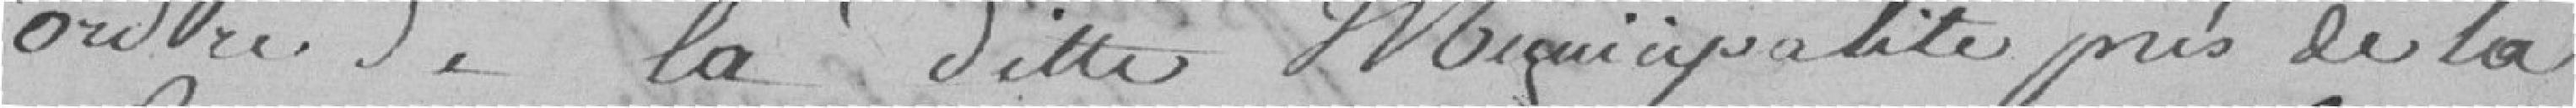
ordre de la dite Municipalité près de la